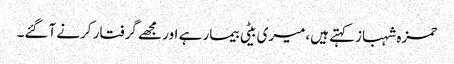
حمزہ شہبازکہتے ہیں،میری بیٹی بیمار ہے اور مجھے گرفتار کرنے آگئے۔